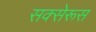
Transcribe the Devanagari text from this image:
सक्सेरूस